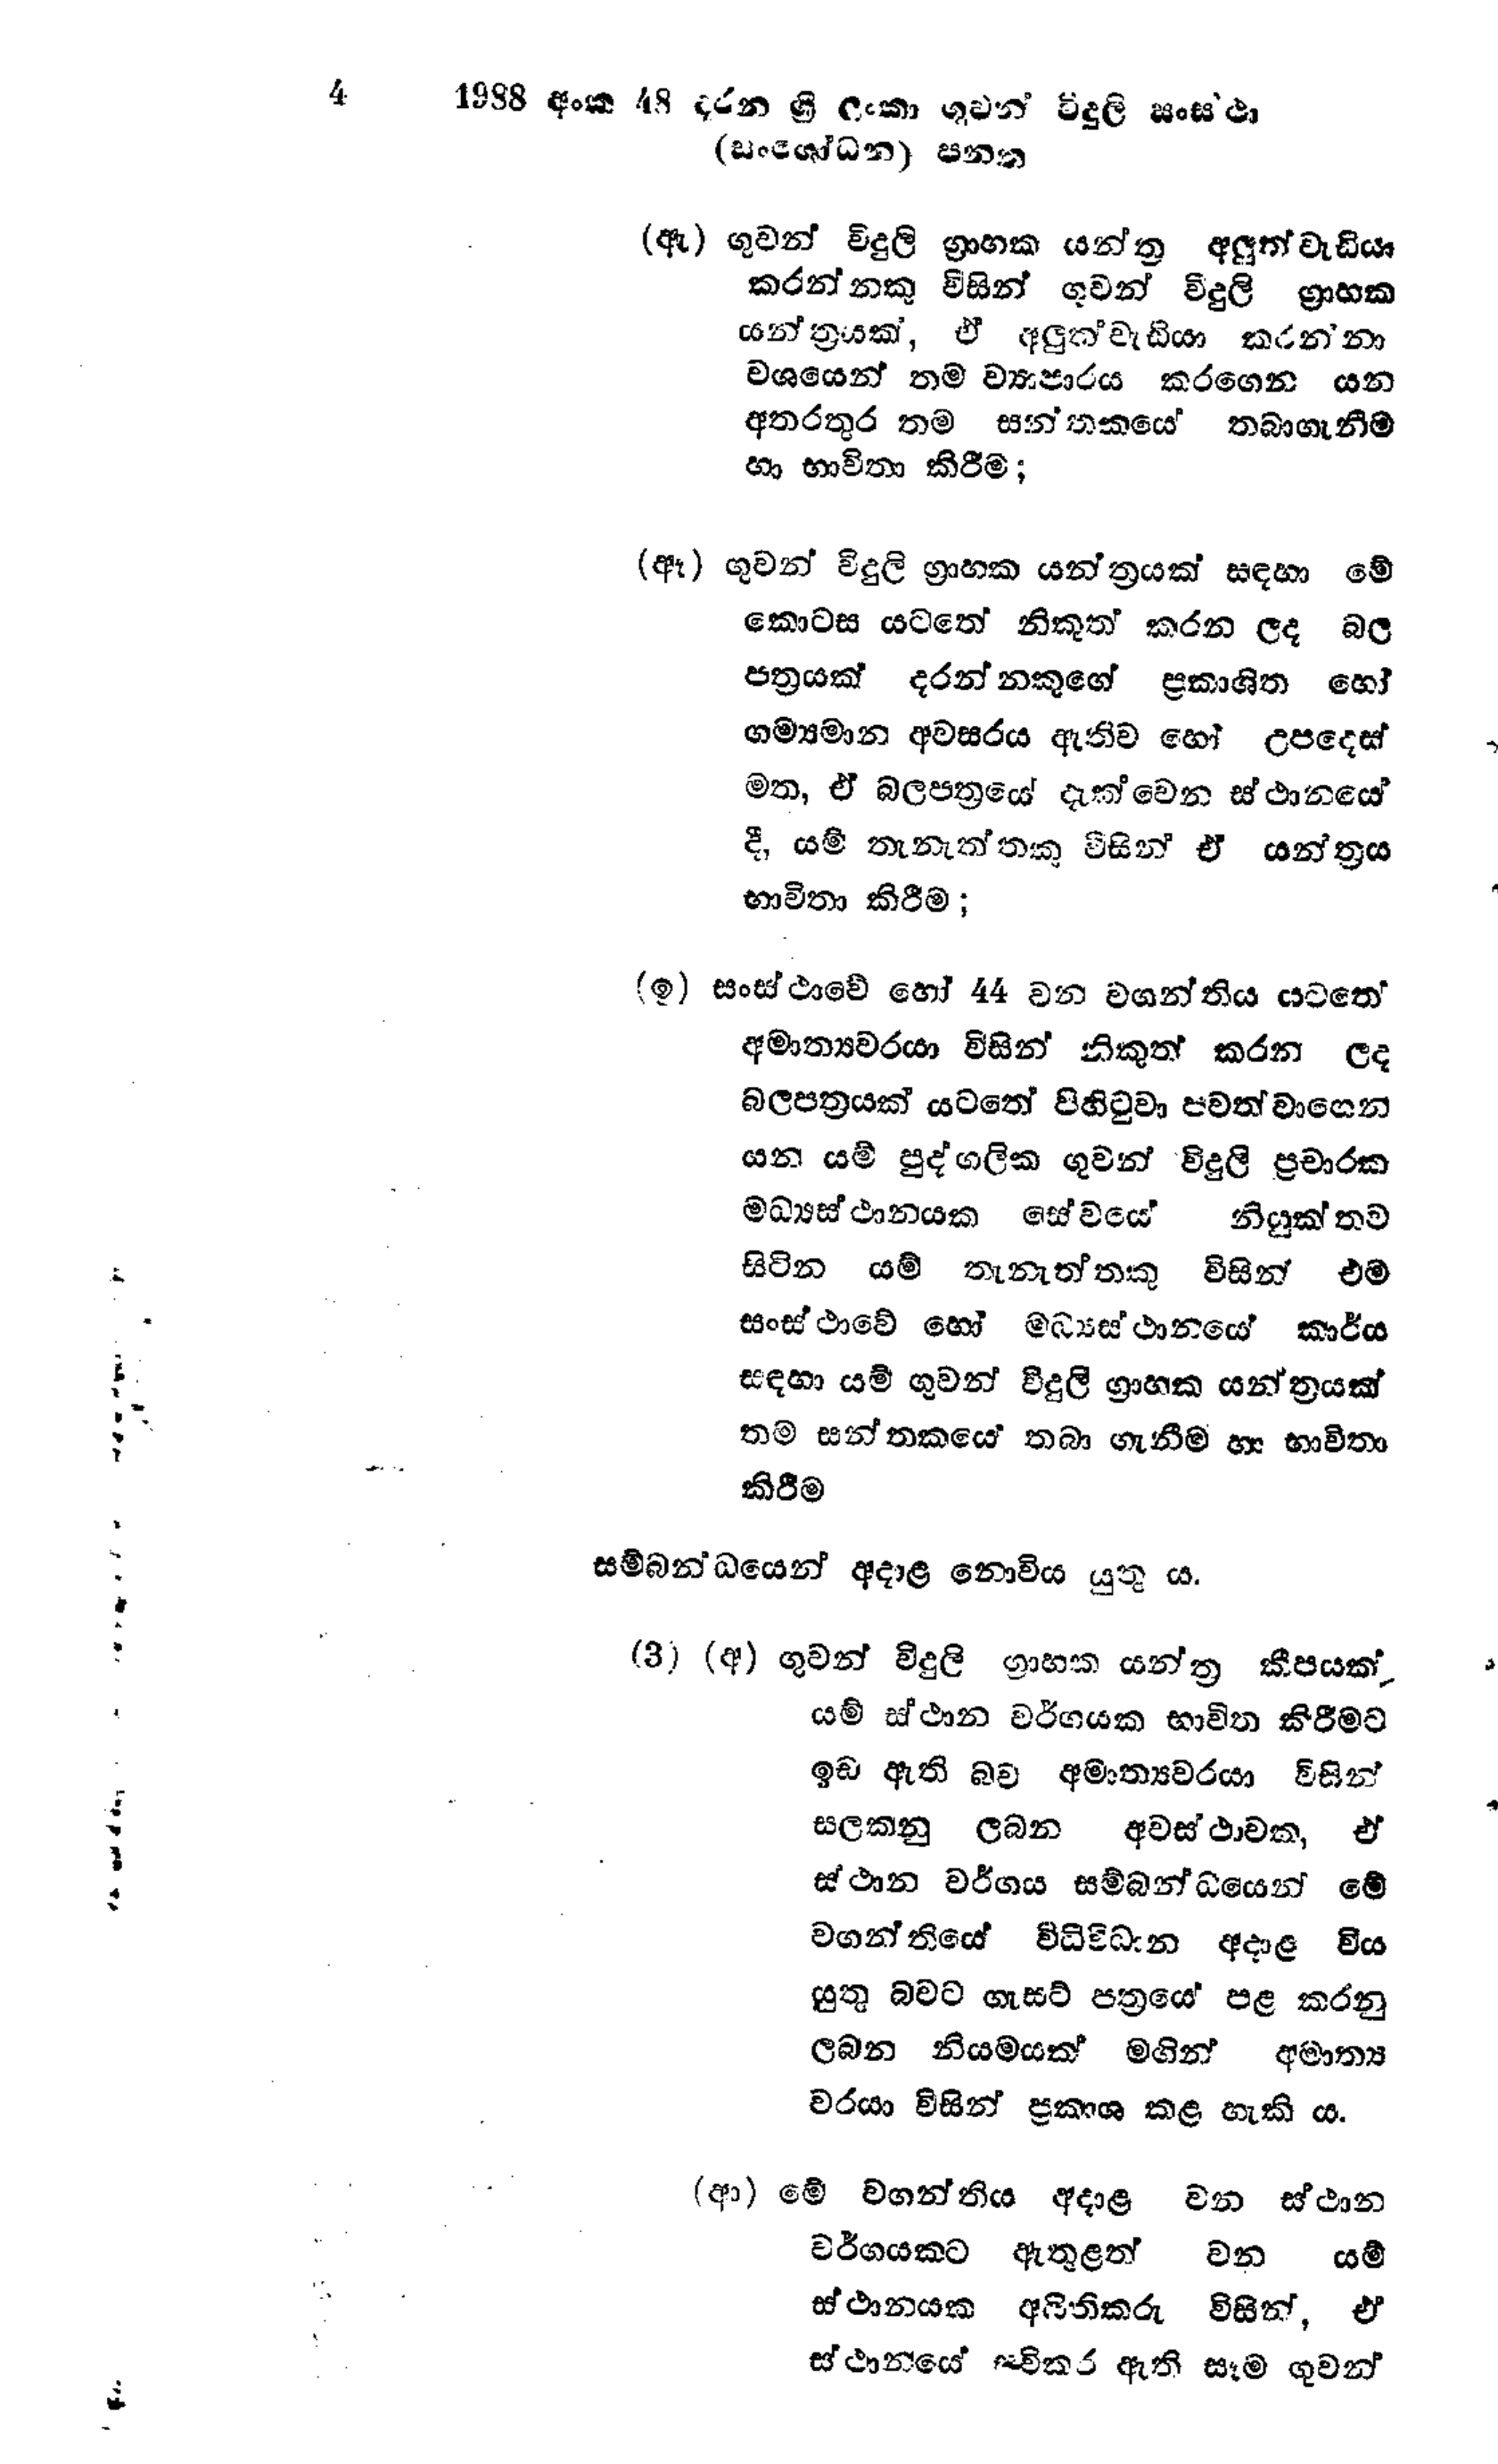
4 1988 අංක 48 දරන ශ්‍රී ලංකා ගුවන් විදුලි සංස්ථා
(සංශෝධන) පනත

(ඇ) ගුවන් විදුලි ග්‍රාහක යන්ත්‍ර අලුත් වැඩියා
කරන්නෙකු විසින් ගුවන් විදුලි ග්‍රාහක
යන්ත්‍රයක්, ඒ අලුත්වැඩියා කරන්නා
වශයෙන් තම ව්‍යාපාරය කරගෙන යන
අතරතුර තම සන්තකයේ තබාගැනීම
හා භාවිතා කිරීම;

(ඈ) ගුවන් විදුලි ග්‍රාහක යන්ත්‍රයක් සඳහා මේ
කොටස යටතේ නිකුත් කරන ලද බල
පත්‍රයක් දරන්නකුගේ ප්‍රකාශිත හෝ
ගම්‍යමාන අවසරය ඇතිව හෝ උපදෙස්
මත, ඒ බලපත්‍රයේ දැක්වෙන ස්ථානයේ
දී, යම් තැනැත්තකු විසින් ඒ යන්ත්‍රය
භාවිතා කිරීම;

(ඉ) සංස්ථාවේ හෝ 44 වන වගන්තිය යටතේ
අමාත්‍යවරයා විසින් නිකුත් කරන ලද
බලපත්‍රයක් යටතේ පිහිටුවා පවත්වාගෙන
යන යම් පුද්ගලික ගුවන් විදුලි ප්‍රචාරක
මධ්‍යස්ථානයක සේවයේ නියුක්තව
සිටින යම් තැනැත්තකු විසින් එම
සංස්ථාවේ හෝ මධ්‍යස්ථානයේ කාර්ය
සඳහා යම් ගුවන් විදුලි ග්‍රාහක යන්ත්‍රයක්
තම සන්තකයේ තබා ගැනීම හා භාවිතා
කිරීම

සම්බන්ධයෙන් අදාළ නොවිය යුතු ය.

(3) (අ) ගුවන් විදුලි ග්‍රාහක යන්ත්‍ර කීපයක්
යම් ස්ථාන වර්ගයක භාවිත කිරීමට
ඉඩ ඇති බව අමාත්‍යවරයා විසින්
සලකනු ලබන අවස්ථාවක, ඒ
ස්ථාන වර්ගය සම්බන්ධයෙන් මේ
වගන්තියේ විධිවිධාන අදාළ විය
යුතු බවට ගැසට් පත්‍රයේ පළ කරනු
ලබන නියමයක් මගින් අමාත්‍ය
වරයා විසින් ප්‍රකාශ කළ හැකි ය.

(ආ) මේ වගන්තිය අදාළ වන ස්ථාන
වර්ගයකට ඇතුළත් වන යම්
ස්ථානයක අයිතිකරු විසින්, ඒ
ස්ථානයේ සවිකර ඇති සෑම ගුවන්